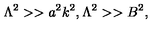
\Lambda ^ { 2 } > > a ^ { 2 } k ^ { 2 } , \Lambda ^ { 2 } > > B ^ { 2 } ,